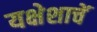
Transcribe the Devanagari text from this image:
यक्षेशाचें